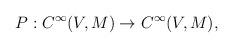
LaTeX: \begin{align*}P: C^{\infty}(V,M) \rightarrow C^{\infty}(V,M),\end{align*}